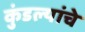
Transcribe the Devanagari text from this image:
कुंडल्यांचे